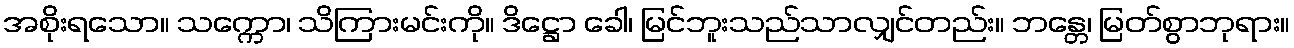
အစိုးရသော။ သက္ကော၊ သိကြားမင်းကို။ ဒိဋ္ဌော ခေါ၊ မြင်ဘူးသည်သာလျှင်တည်း။ ဘန္တေ၊ မြတ်စွာဘုရား။